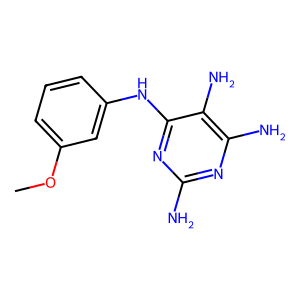
SMILES: COc1cccc(Nc2nc(N)nc(N)c2N)c1
Inhibits HIV replication: No